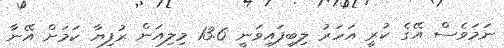
ނަމަވެސް އޭގެ ކުރީ އަހަރު ލިބިފައިވަނީ 13.6 މިލިއަން ރުފިޔާ ކަމަށް އޭނާ